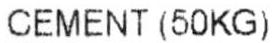
CEMENT (50KG)